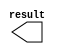
module const1_16 (
	result);

	output	[15:0]  result;

endmodule